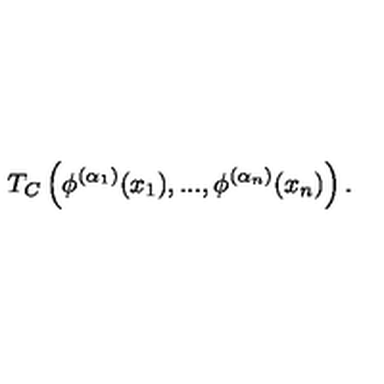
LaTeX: T _ { C } \left( \phi ^ { ( \alpha _ { 1 } ) } ( x _ { 1 } ) , . . . , \phi ^ { ( \alpha _ { n } ) } ( x _ { n } ) \right) .